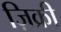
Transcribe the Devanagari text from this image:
ज़िक्री